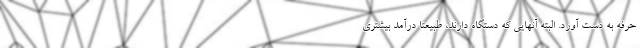
حرفه به دست آورد. البته آنهایی که دستگاه دارند، طبیعتا درآمد بیشتری